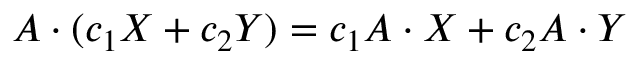
A \cdot ( c _ { 1 } X + c _ { 2 } Y ) = c _ { 1 } A \cdot X + c _ { 2 } A \cdot Y